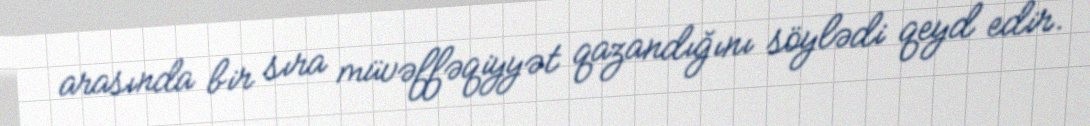
arasında bir sıra müvəffəqiyyət qazandığını söylədi qeyd edir.